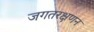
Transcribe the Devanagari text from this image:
जगतरक्षणन